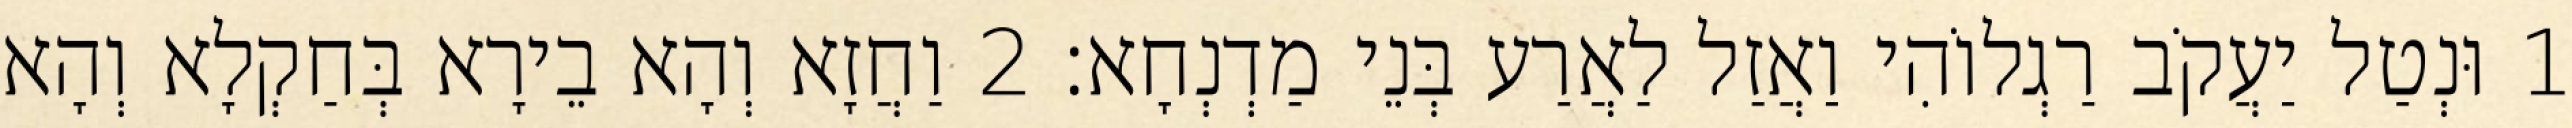
1 וּנְטַל יַעֲקֹב רַגְלוֹהִי וַאֲזַל לַאֲרַע בְּנֵי מַדְנְחָא׃ 2 וַחֲזָא וְהָא בֵירָא בְּחַקְלָא וְהָא